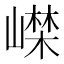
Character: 𡼨